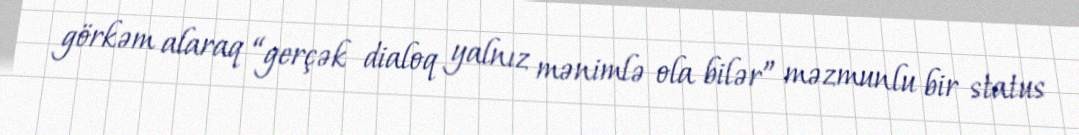
görkəm alaraq “gerçək dialoq yalnız mənimlə ola bilər” məzmunlu bir status